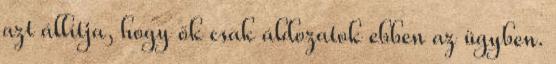
azt állítja, hogy ők csak áldozatok ebben az ügyben.